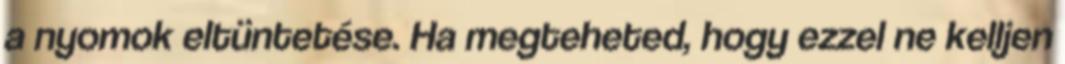
a nyomok eltüntetése. Ha megteheted, hogy ezzel ne kelljen